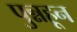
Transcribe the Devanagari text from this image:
पुन्नहून